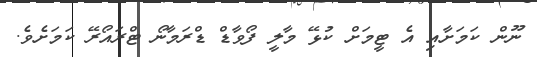
ނޫން ކަމަށާއި އެ ޓީމަށް ކުޅޭ މާލީ ފޯވާޑް ޑްރަމާނޯ ޓްރައޯރޭ ކަމަށެވެ.